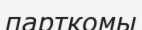
парткомы